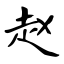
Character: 赵